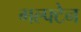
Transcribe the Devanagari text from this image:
गल्फ्टेन